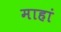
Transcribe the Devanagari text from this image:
माहां